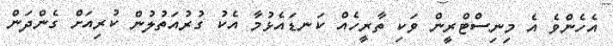
އެހެންވެ އެ މިނިސްޓްރީން ވަކި ތާރީހެއް ކަނޑައެޅުމާ އެކު ގުރުއަތުލުން ކުރިއަށް ގެންދަން